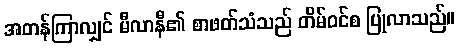
အတန်ကြာလျှင် မီလာနီ၏ စာဖတ်သံသည် တိမ်ဝင်စ ပြုလာသည်။